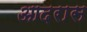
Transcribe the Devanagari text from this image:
आदरास